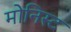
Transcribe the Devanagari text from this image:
मोनिस्ट